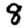
Digit: 8